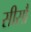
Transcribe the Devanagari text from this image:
सीसौ